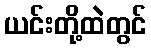
ယင်းတို့ထဲတွင်